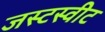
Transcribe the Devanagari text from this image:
जस्टस्वीट